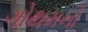
ગોથમનો